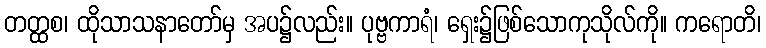
တတ္ထစ၊ ထိုသာသနာတော်မှ အပ၌လည်း။ ပုဗ္ဗကာရံ၊ ရှေး၌ဖြစ်သောကုသိုလ်ကို။ ကရောတိ၊